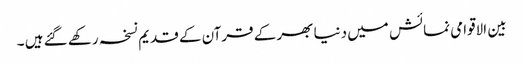
بین الاقوامی نمائش میں دنیا بھر کے قرآن کے قدیم نسخہ رکھے گئے ہیں ۔